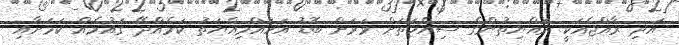
އަދި ރާއްޖެއަކީ ރައްޔިތުންގެ ސިއްހަތަށް ވަރަށް ބޮޑު އަހައްމިއްޔަތު ކަމެއްދޭ ގައުމެއް ކަމަށާއި